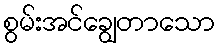
စွမ်းအင်ချွေတာသော